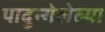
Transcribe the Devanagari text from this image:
पादुन्गेलेल्या